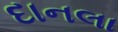
દાનલા